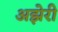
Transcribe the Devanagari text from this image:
अझेरी